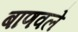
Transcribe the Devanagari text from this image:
बाणवले